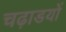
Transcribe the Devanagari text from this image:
चढ़ाडयों